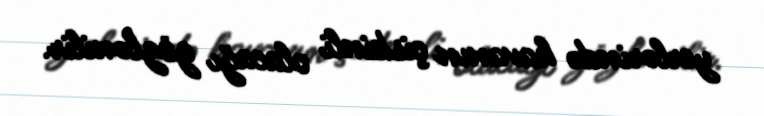
yerlərində havanın çiskinli olacağı gözlənilir.